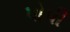
પોપી